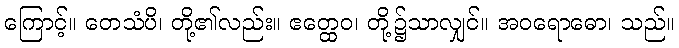
ကြောင့်။ တေသံပိ၊ တို့၏လည်း။ ဧတ္ထေဝ၊ တို့၌သာလျှင်။ အဝရောဓော၊ သည်။